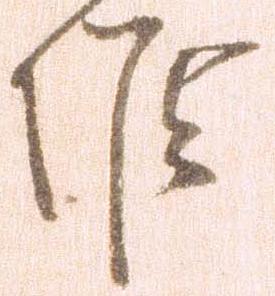
候